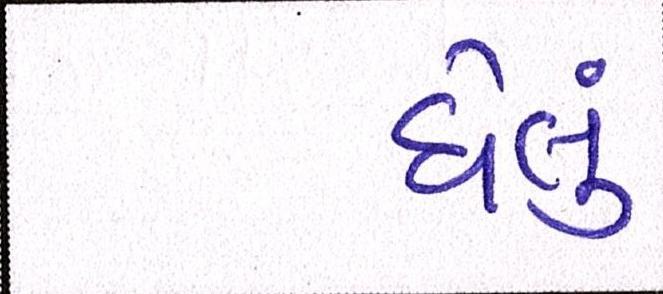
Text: ઘેલું